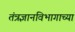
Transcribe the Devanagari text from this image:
तंत्रज्ञानविभागाच्या